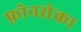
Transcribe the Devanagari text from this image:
फ़ोनसेका